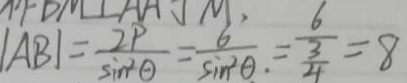
\vert A B \vert = \frac { 2 P } { \sin ^ { 2 } \theta } = \frac { 6 } { \sin ^ { 2 } \theta . } = \frac { 6 } { \frac { 3 } { 4 } } = 8